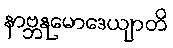
နာဗ္ဘနုမောဒေယျာတိ